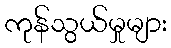
ကုန်သွယ်မှုများ